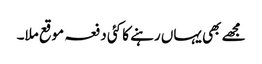
مجھے بھی یہاں رہنے کا کئی دفعہ موقع ملا۔